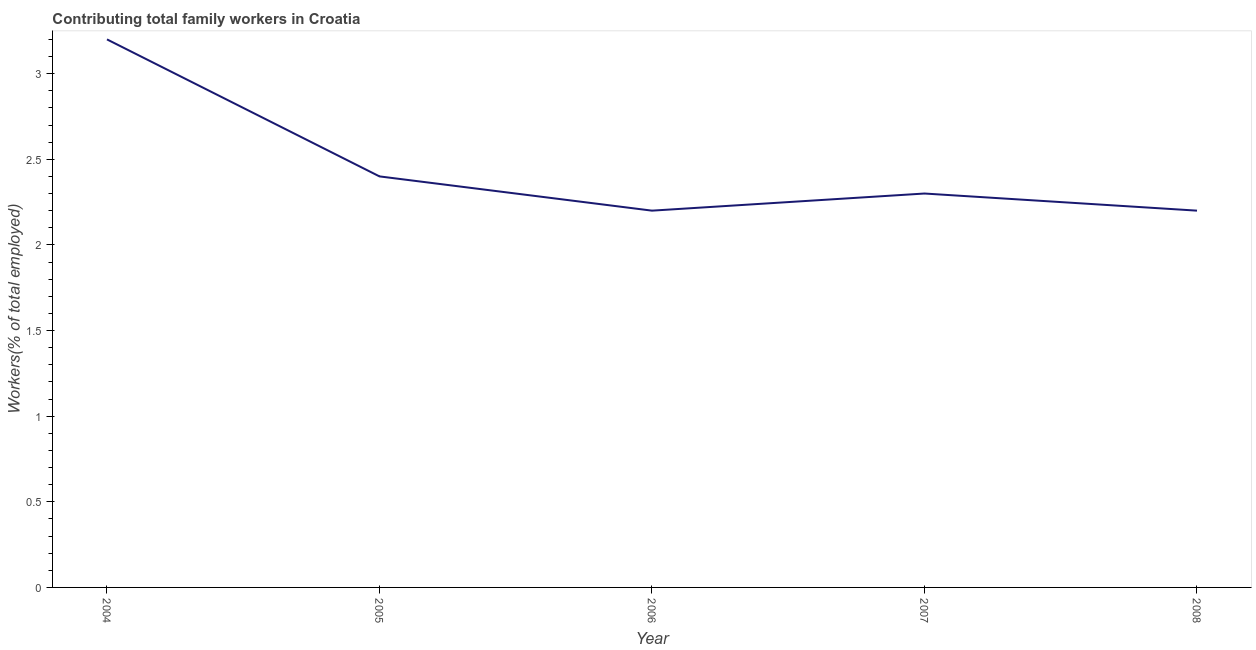
| Year | Contributing family workers |
 | --- | --- |
 | 2004 | 3.2 |
 | 2005 | 2.4 |
 | 2006 | 2.2 |
 | 2007 | 2.3 |
 | 2008 | 2.2 |